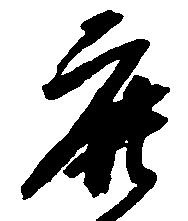
鹿